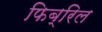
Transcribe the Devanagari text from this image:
फिब्रिल